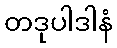
တဒုပါဒါနံ